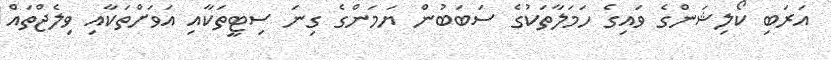
އަރަބި ކޯލިޝަންގެ ވައިގެ ހަމަލާތަކުގެ ސަބަބުން ޔަމަންގެ ގިނަ ސިޓީތަކާއި އަވަށްތަކާއި ވިލެޖްތައް